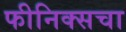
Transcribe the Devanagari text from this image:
फीनिक्सचा